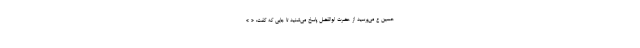
حسین ع می‌پرسید از حضرت ابوالفضل پاسخ می‌شنید تا جایی که گفت: « »